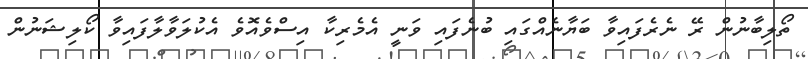
ތޯލިބާނުން ރޭ ނެރެފައިވާ ބަޔާނެއްގައި ބުނެފައި ވަނީ އެމެރިކާ އިސްވެއޮވެ އެކުލަވާލާފައިވާ ކޯލިޝަނުން